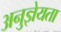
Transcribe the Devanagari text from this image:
अनुज्ञेयता